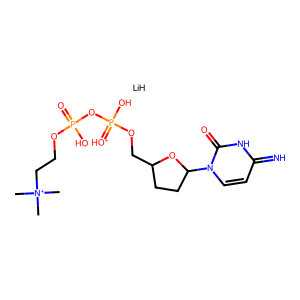
SMILES: C[N+](C)(C)CCOP(=O)(O)OP(O)(=[OH+])OCC1CCC(n2ccc(=N)[nH]c2=O)O1.[LiH]
Inhibits HIV replication: Yes